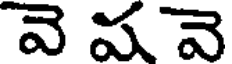
వె షవె